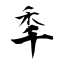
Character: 秊